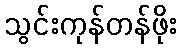
သွင်းကုန်တန်ဖိုး